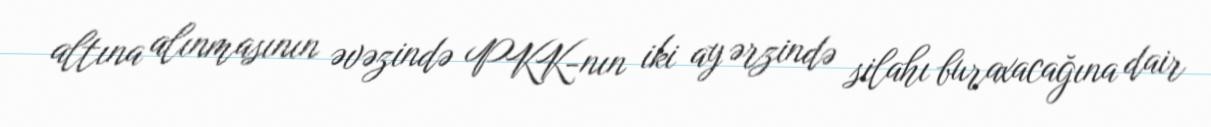
altına alınmasının əvəzində PKK-nın iki ay ərzində silahı buraxacağına dair